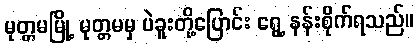
မုတ္တမမြို့ မုတ္တမမှ ပဲခူးတို့ပြောင်း ရွေ့ နန်းစိုက်ရသည်။